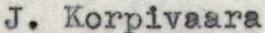
J. Korpivaara